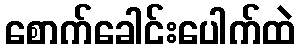
စောက်ခေါင်းပေါက်ထဲ